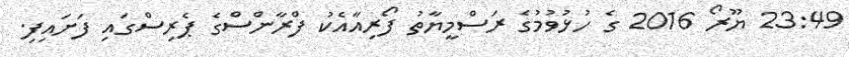
23:49 ޔޫރޯ 2016 ގެ ހުޅުވުމުގެ ރަސްމީޔާތު ފޯރިއާއެކު ފްރާންސްގެ ޕެރިސްގައި ފަށައިފި.